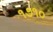
૧૭૧૦